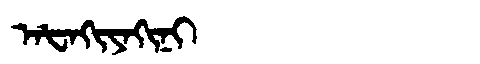
Manchu: ᠠᡶᠠᡴᡳᠶᠠᡴᡳᠨᡳ
Romanization: AFAKIYAKINI